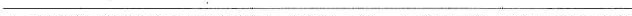
____________________________________